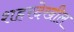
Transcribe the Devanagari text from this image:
शहरदेखील